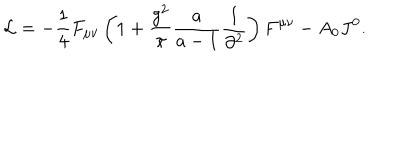
LaTeX: { \cal L } = - \frac { 1 } { 4 } F _ { \mu \nu } \left( { 1 + \frac { { g ^ { 2 } } } { \pi } \frac { a } { { a - 1 } } \frac { 1 } { { \partial ^ { 2 } } } } \right) F ^ { \mu \nu } - A _ { 0 } J ^ { 0 } .